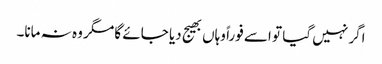
اگر نہیں گیا تو اسے فوراً وہاں بھیج دیا جائے گا مگر وہ نہ مانا۔